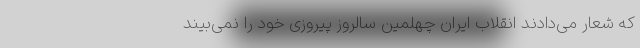
که شعار می‌دادند انقلاب ایران چهلمین سالروز پیروزی خود را نمی‌بیند